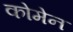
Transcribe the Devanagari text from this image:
कोमेन